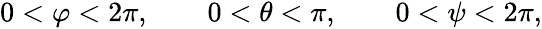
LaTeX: \begin{array}{r}{0<\varphi<2\pi,\qquad 0<\theta<\pi,\qquad 0<\psi<2\pi,}\end{array}